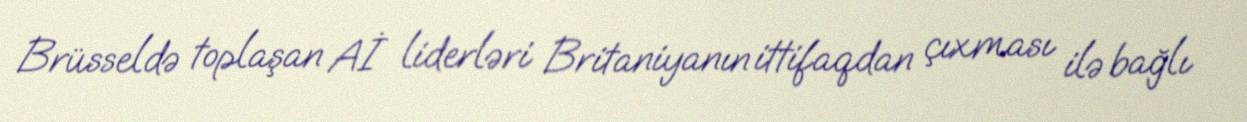
Brüsseldə toplaşan Aİ liderləri Britaniyanın ittifaqdan çıxması ilə bağlı